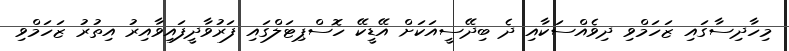
މިހާދިސާގައި ޒަހަމްވި ދިވެއްސަކާއި ދެ ބިދޭސީއަކަށް އޭޑީކޭ ހޮސްޕިޓަލްގައި ފަރުވާދީފައިވާއިރު އިތުރު ޒަހަމްވި